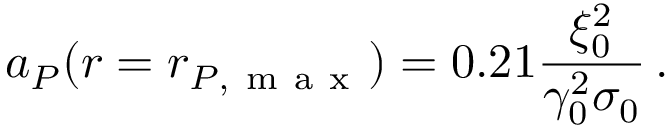
a _ { P } ( r = r _ { P , \mathrm { ~ m ~ a ~ x ~ } } ) = 0 . 2 1 \frac { \xi _ { 0 } ^ { 2 } } { \gamma _ { 0 } ^ { 2 } \sigma _ { 0 } } \, .